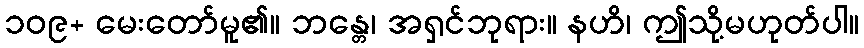
၁၀၉+ မေးတော်မူ၏။ ဘန္တေ၊ အရှင်ဘုရား။ နဟိ၊ ဤသို့မဟုတ်ပါ။